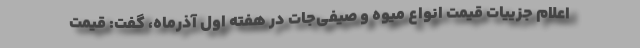
اعلام جزییات قیمت انواع میوه و صیفی‌جات در هفته اول آذرماه، گفت: قیمت